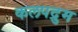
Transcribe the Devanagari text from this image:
कलपद्रुम